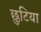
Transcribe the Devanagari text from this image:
छुटिया